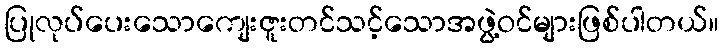
ပြုလုပ်ပေးသောကျေးဇူးတင်သင့်သောအဖွဲ့ဝင်များဖြစ်ပါတယ်။